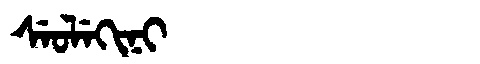
Manchu: ᠰᡝᠣᠯᡝᡴᡳᠨᡳ
Romanization: SEOLEKINI